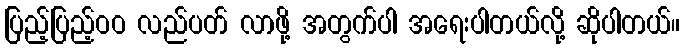
ပြည့်ပြည့်ဝဝ လည်ပတ် လာဖို့ အတွက်ပါ အရေးပါတယ်လို့ ဆိုပါတယ်။